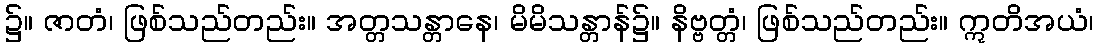
၌။ ဇာတံ၊ ဖြစ်သည်တည်း။ အတ္တသန္တာနေ၊ မိမိသန္တာန်၌။ နိဗ္ဗတ္တံ၊ ဖြစ်သည်တည်း။ ဣတိအယံ၊